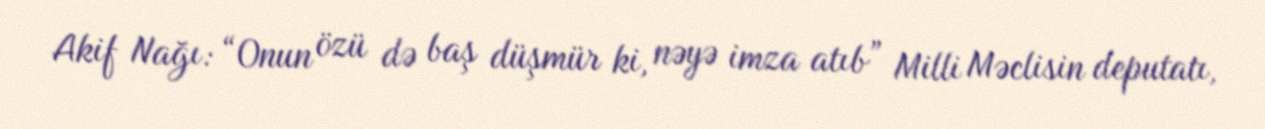
Akif Nağı: “Onun özü də baş düşmür ki, nəyə imza atıb” Milli Məclisin deputatı,